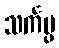
သင်္ကပ္ပ